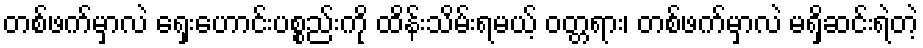
တစ်ဖက်မှာလဲ ရှေးဟောင်းပစ္စည်းကို ထိန်းသိမ်းရမယ့် ဝတ္တရား၊ တစ်ဖက်မှာလဲ မရှိဆင်းရဲတဲ့